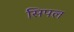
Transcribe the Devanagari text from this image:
सिपल